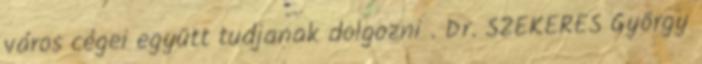
város cégei együtt tudjanak dolgozni . Dr. SZEKERES György